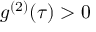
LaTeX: g ^ { ( 2 ) } ( \tau ) > 0